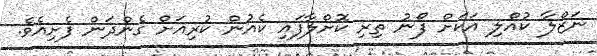
ނަޒްލާ ކުއްލި އަކަށް ފޯނު ތިރި ކޮށްލާފައި ކެއުން ކުރިއަށް ގެންދަން ފެށިއެވެ.